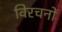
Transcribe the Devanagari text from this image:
विरचनों